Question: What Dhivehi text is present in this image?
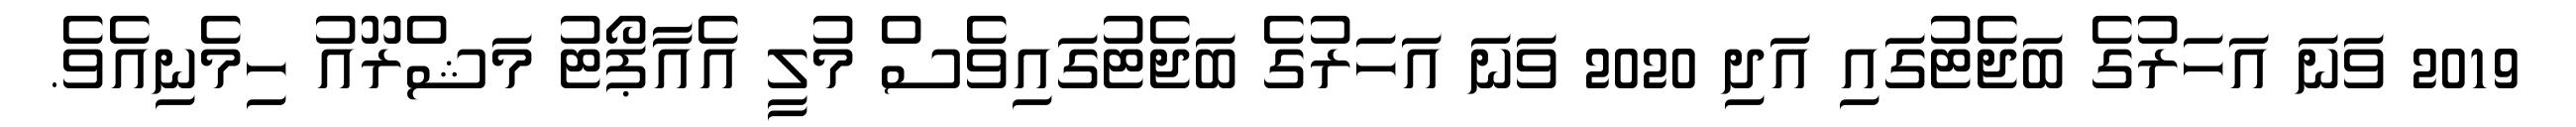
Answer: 2019 ވަނަ އަހަރުގެ ބަޖެޓުގައި އަދި 2020 ވަނަ އަހަރުގެ ބަޖެޓުގައިވެސް މުލީ އެއާޕޯޓު މަޝްރޫއު ހިމެނިއެވެ.